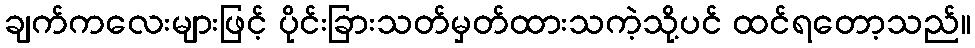
ချက်ကလေးများဖြင့် ပိုင်းခြားသတ်မှတ်ထားသကဲ့သို့ပင် ထင်ရတော့သည်။